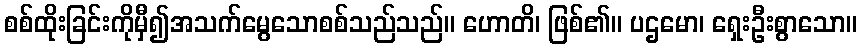
စစ်ထိုးခြင်းကိုမှီ၍အသက်မွေသောစစ်သည်သည်။ ဟောတိ၊ ဖြစ်၏။ ပဌမော၊ ရှေးဦးစွာသော။